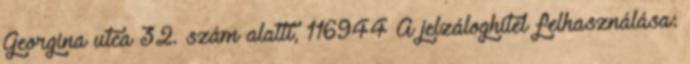
Georgina utca 32. szám alatti, 116944 A jelzáloghitel felhasználása: